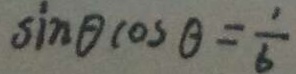
\sin \theta \cos \theta = \frac { 1 } { 6 }